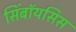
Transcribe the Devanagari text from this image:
सिंबॉयसिस